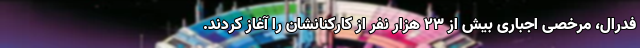
فدرال، مرخصی اجباری بیش از ۲۳ هزار نفر از کارکنانشان را آغاز کردند.